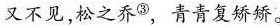
又不见，松之乔③\rightarrow，青青复矫矫。